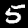
Label: 5